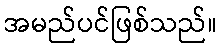
အမည်ပင်ဖြစ်သည်။